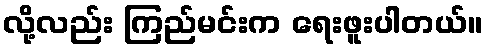
လို့လည်း ကြည်မင်းက ရေးဖူးပါတယ်။